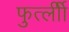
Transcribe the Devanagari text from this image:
फुर्त्लीी